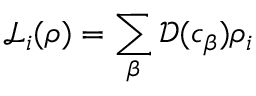
\mathcal { L } _ { i } ( \rho ) = \sum _ { \beta } \mathcal { D } ( c _ { \beta } ) \rho _ { i }